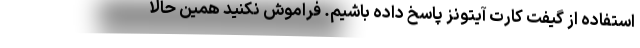
استفاده از گیفت کارت آیتونز پاسخ داده باشیم. فراموش نکنید همین حالا